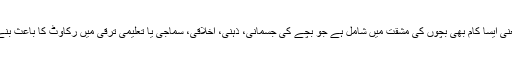
یعنی ایسا کام بھی بچوں کی مشقت میں شامل ہے جو بچے کی جسمانی، ذہنی، اخلاقی، سماجی یا تعلیمی ترقی میں رکاوٹ کا باعث بنے۔